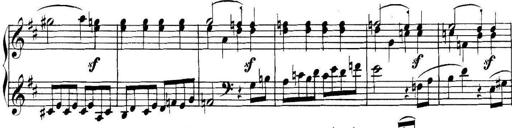
Title: Collected Piano Sonatas
Composer: Muzio Clementi